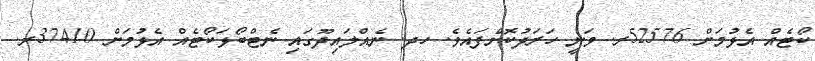
ކޯޓެއް އެޅުމަށް 52576ރ. ވަނީ ހަރަދުކޮށްފައެވެ. ހދ. ނެއްލައިދޫގައި ނެޓްބޯޅަކޯޓެއް އެޅުމަށް 37410ރ.